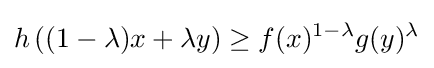
h\left((1-\lambda )x+\lambda y\right)\geq f(x)^{1-\lambda }g(y)^{\lambda }